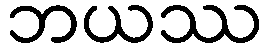
ဘယဿ